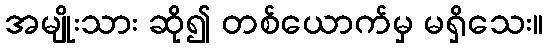
အမျိုးသား ဆို၍ တစ်ယောက်မှ မရှိသေး။